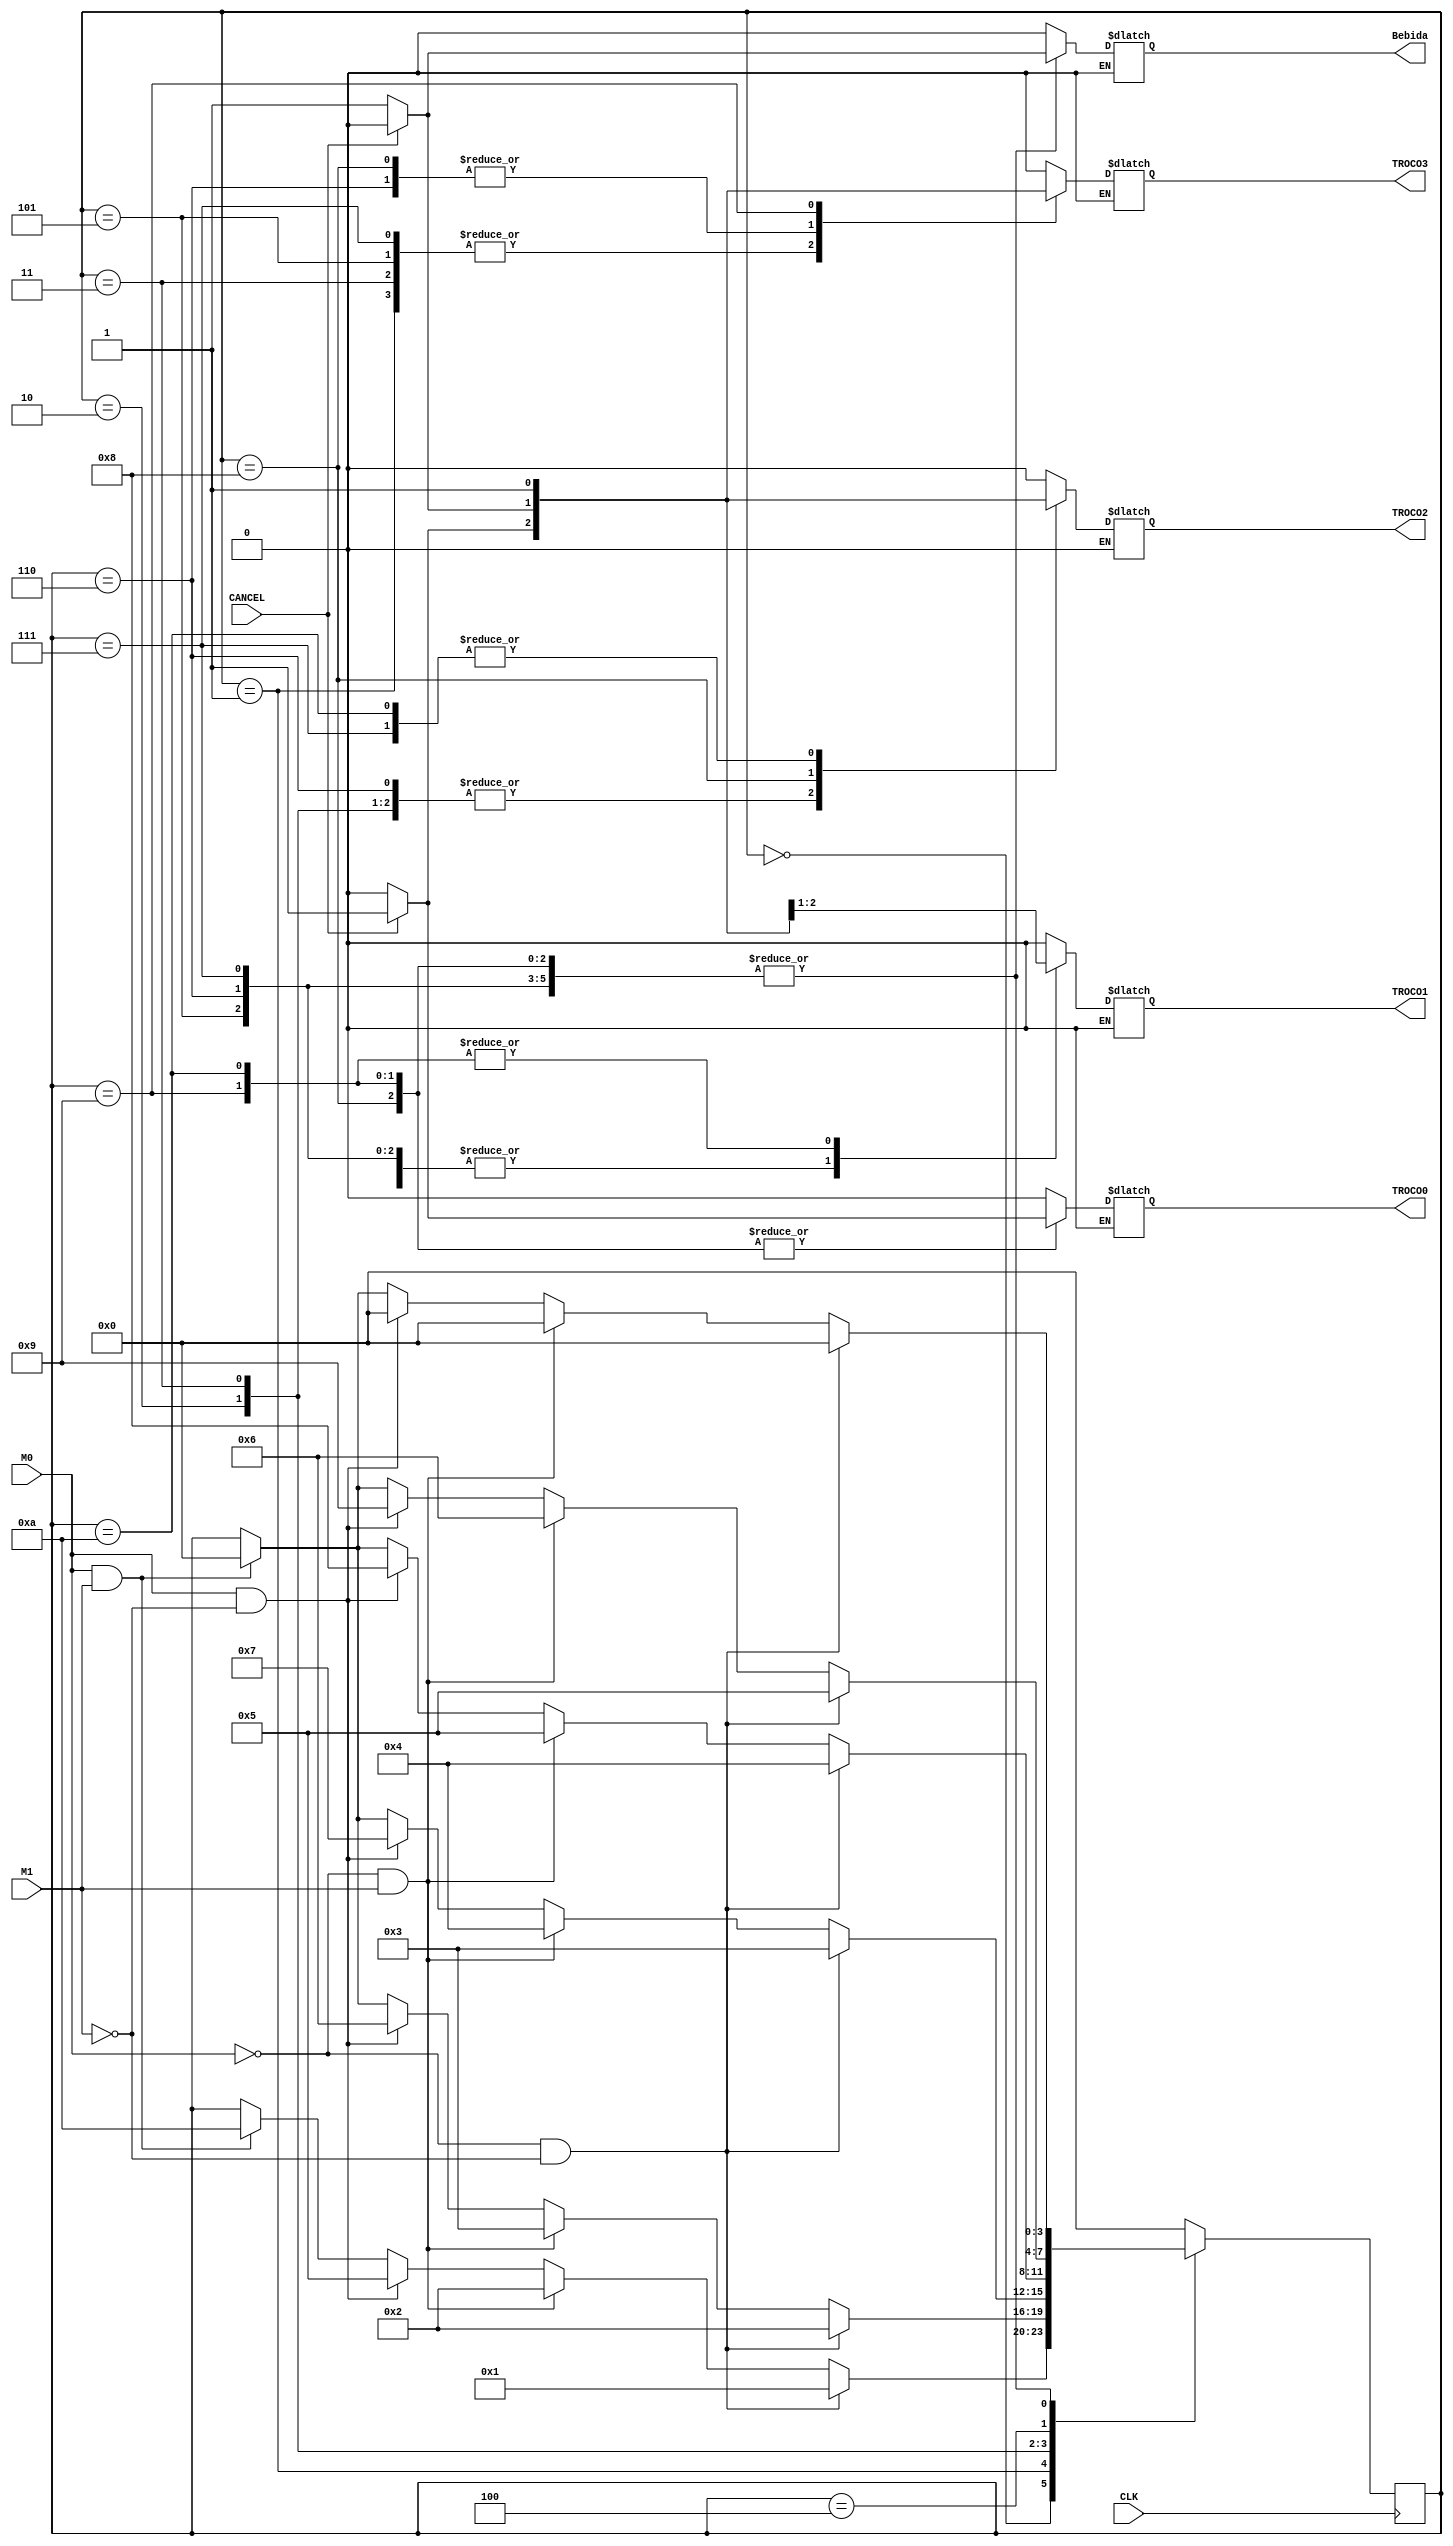
`timescale 1ns / 1ps
//////////////////////////////////////////////////////////////////////////////////
// Company: 
// Engineer: 
// 
// Design Name: 
// Module Name:    Agua 
// Project Name: 
// Target Devices: 
// Tool versions: 
// Description: 
//
// Dependencies: 
//
// Revision: 
// Revision 0.01 - File Created
// Additional Comments: 
//
//////////////////////////////////////////////////////////////////////////////////
module Agua(CLK, M0, M1, CANCEL, Bebida, TROCO0, TROCO1, TROCO2, TROCO3);

input CLK, M0, M1, CANCEL;
output Bebida;
output TROCO0;
output TROCO1;
output TROCO2;
output TROCO3;
reg Bebida;
reg TROCO0;
reg TROCO1;
reg TROCO2;
reg TROCO3;
reg [3:0] estado;

parameter Zero=4'b0000, Dez=4'b0001, Vinte=4'b0010, Trinta=4'b0011, Quarenta=4'b0100, Cinquenta=4'b0101, Sessenta=4'b0110, Setenta=4'b0111, Oitenta=4'b1000, Noventa=4'b1001, Cem=4'b1010;

always @ (estado)
	begin
		case (estado)
			Zero: begin
			if (CANCEL == 1)begin
			TROCO0=0;
			TROCO1=0;
			TROCO2=0;
			TROCO3=0;
			Bebida = 1'b0;
			end
			else if (CANCEL == 0)begin
			TROCO0=0;
			TROCO1=0;
			TROCO2=0;
			TROCO3=0;
			Bebida = 1'b0;
			end end
			Dez: begin
			if (CANCEL == 1) begin
			TROCO0=0;
			TROCO1=0;
			TROCO2=0;
			TROCO3=1;
			Bebida = 1'b0;
			end
			else if (CANCEL == 0)begin
			TROCO0=0;
			TROCO1=0;
			TROCO2=0;
			TROCO3=0;
			Bebida = 1'b0;
			end end
			Vinte: begin
			if (CANCEL == 1) begin
			TROCO0=0;
			TROCO1=0;
			TROCO2=1;
			TROCO3=0;
			Bebida = 1'b0;
			end
			else if (CANCEL == 0) begin
			TROCO0=0;
			TROCO1=0;
			TROCO2=0;
			TROCO3=0;
			Bebida = 1'b0;
			end end
			Trinta: begin
			if (CANCEL == 1) begin
			TROCO0=0;
			TROCO1=0;
			TROCO2=1;
			TROCO3=1;
			Bebida = 1'b0;
			end
			else if (CANCEL == 0) begin
			TROCO0=0;
			TROCO1=0;
			TROCO2=0;
			TROCO3=0;
			Bebida = 1'b0;
			end end
			Quarenta: begin
			if (CANCEL == 1) begin
			TROCO0=0;
			TROCO1=1;
			TROCO2=0;
			TROCO3=0;
			Bebida = 1'b0;
			end
			else if (CANCEL == 0) begin
			TROCO0=0;
			TROCO1=0;
			TROCO2=0;
			TROCO3=0;
			Bebida = 1'b0;
			end end
			Cinquenta: begin
			if (CANCEL == 1) begin
			TROCO0=0;
			TROCO1=1;
			TROCO2=0;
			TROCO3=1;
			Bebida = 1'b0;
			end
			else if (CANCEL == 0) begin
			TROCO0=0;
			TROCO1=0;
			TROCO2=0;
			TROCO3=0;
			Bebida = 1'b1;
			end end
			Sessenta: begin
			if (CANCEL == 1) begin
			TROCO0=0;
			TROCO1=1;
			TROCO2=1;
			TROCO3=0;
			Bebida = 1'b0;
			end
			else if (CANCEL == 0) begin
			TROCO0=0;
			TROCO1=0;
			TROCO2=0;
			TROCO3=1;
			Bebida = 1'b1;
			end end
			Setenta: begin
			if (CANCEL == 1) begin
			TROCO0=0;
			TROCO1=1;
			TROCO2=1;
			TROCO3=1;
			Bebida = 1'b0;
			end
			else if (CANCEL == 0) begin
			TROCO0=0;
			TROCO1=0;
			TROCO2=1;
			TROCO3=0;
			Bebida = 1'b1;
			end end
			Oitenta: begin
			if (CANCEL == 1) begin
			TROCO0=1;
			TROCO1=0;
			TROCO2=0;
			TROCO3=0;
			Bebida = 1'b0;
			end
			else if (CANCEL == 0) begin
			TROCO0=0;
			TROCO1=0;
			TROCO2=1;
			TROCO3=1;
			Bebida = 1'b1;
			end end
			Noventa: begin
			if (CANCEL == 1) begin
			TROCO0=1;
			TROCO1=0;
			TROCO2=0;
			TROCO3=1;
			Bebida = 1'b0;
			end
			else if (CANCEL == 0)begin
			TROCO0=0;
			TROCO1=1;
			TROCO2=0;
			TROCO3=1;
			Bebida = 1'b1;
			end end
			Cem: begin
			if (CANCEL == 1) begin
			TROCO0=1;
			TROCO1=0;
			TROCO2=1;
			TROCO3=0;
			Bebida = 1'b0;
			end
			else if (CANCEL == 0) begin
			TROCO0=0;
			TROCO1=1;
			TROCO2=1;
			TROCO3=0;
			Bebida = 1'b1;
			end end
			default: begin
			Bebida = 1'b0;
			TROCO0=0;
			TROCO1=0;
			TROCO2=0;
			TROCO3=0;
			end
		endcase
	end
always @ (posedge CLK)
	begin
			case (estado)
			Zero:
			if (M0 == 0 & M1 == 0)
			estado = Dez;
			else if (M0 == 0 & M1 == 1)
			estado = Vinte;
			else if (M0 == 1 & M1 == 0)
			estado = Cinquenta;
			else if(M0 == 1 & M1 == 1)
			estado = Cem;
			Dez:
			if (M0 == 0 & M1 == 0)
			estado = Vinte;
			else if (M0 == 0 & M1 == 1)
			estado = Trinta;
			else if (M0 == 1 & M1 == 0)
			estado = Sessenta;
			else if(M0 == 1 & M1 == 1)
			estado = Zero;
			Vinte:
			if (M0 == 0 & M1 == 0)
			estado = Trinta;
			else if (M0 == 0 & M1 == 1)
			estado = Quarenta;
			else if (M0 == 1 & M1 == 0)
			estado = Setenta;
			else if(M0 == 1 & M1 == 1)
			estado = Zero;
			Trinta:
			if (M0 == 0 & M1 == 0)
			estado = Quarenta;
			else if (M0 == 0 & M1 == 1)
			estado = Cinquenta;
			else if (M0 == 1 & M1 == 0)
			estado = Oitenta;
			else if(M0 == 1 & M1 == 1)
			estado = Zero;
			Quarenta:
			if (M0 == 0 & M1 == 0)
			estado = Cinquenta;
			else if (M0 == 0 & M1 == 1)
			estado = Sessenta;
			else if (M0 == 1 & M1 == 0)
			estado = Noventa;
			else if(M0 == 1 & M1 == 1)
			estado = Zero;
			Cinquenta:
			if (M0 == 0 & M1 == 0)
			estado = Zero;
			else if (M0 == 0 & M1 == 1)
			estado = Zero;
			else if (M0 == 1 & M1 == 0)
			estado = Zero;
			else if(M0 == 1 & M1 == 1)
			estado = Zero;
			Sessenta:
			if (M0 == 0 & M1 == 0)
			estado = Zero;
			else if (M0 == 0 & M1 == 1)
			estado = Zero;
			else if (M0 == 1 & M1 == 0)
			estado = Zero;
			else if(M0 == 1 & M1 == 1)
			estado = Zero;
			Setenta:
			if (M0 == 0 & M1 == 0)
			estado = Zero;
			else if (M0 == 0 & M1 == 1)
			estado = Zero;
			else if (M0 == 1 & M1 == 0)
			estado = Zero;
			else if(M0 == 1 & M1 == 1)
			estado = Zero;
			Oitenta:
			if (M0 == 0 & M1 == 0)
			estado = Zero;
			else if (M0 == 0 & M1 == 1)
			estado = Zero;
			else if (M0 == 1 & M1 == 0)
			estado = Zero;
			else if(M0 == 1 & M1 == 1)
			estado = Zero;
			Noventa:
			if (M0 == 0 & M1 == 0)
			estado = Zero;
			else if (M0 == 0 & M1 == 1)
			estado = Zero;
			else if (M0 == 1 & M1 == 0)
			estado = Zero;
			else if(M0 == 1 & M1 == 1)
			estado = Zero;
			Cem:
			if (M0 == 0 & M1 == 0)
			estado = Zero;
			else if (M0 == 0 & M1 == 1)
			estado = Zero;
			else if (M0 == 1 & M1 == 0)
			estado = Zero;
			else if(M0 == 1 & M1 == 1)
			estado = Zero;
			default: estado <= Zero;
		endcase
	end

endmodule